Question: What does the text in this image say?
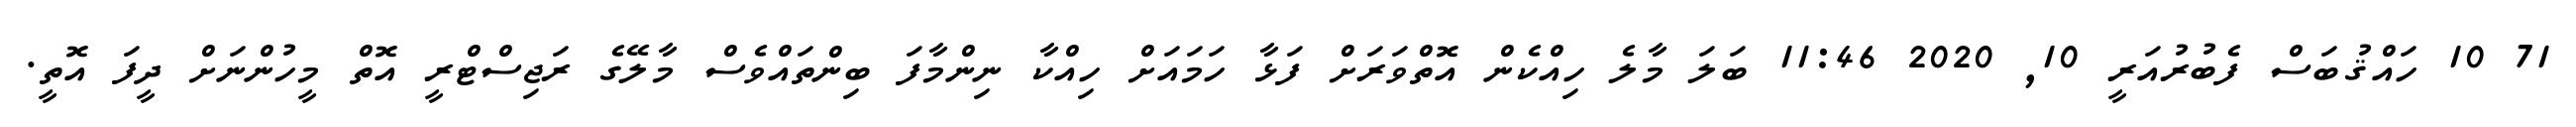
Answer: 71 10 ހައްޤުބަސް ފެބުރުއަރީ 10, 2020 11:46 ބަލަ މާލެ ހިއްކެން އޮތްވަރަށް ފަޅާ ހަމައަށް ހިއްކާ ނިންމާފަ ބިންތައްވެސް މާލޭގެ ރަޖިސްޓްރީ އޮތް މީހުންނަށް ދީފަ އޮތީ.